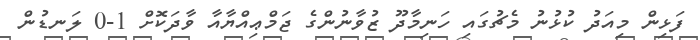
ފަޅިން މިއަދު ކުޅުނު މެޗުގައި ހަނިމާދޫ ޒުވާނުންގެ ޖަމްޢިއްޔާއާ ވާދަކޮށް 1-0 ލަނޑުން